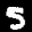
Label: 5